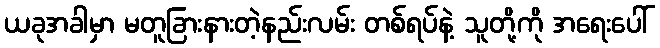
ယခုအခါမှာ မတူခြားနားတဲ့နည်းလမ်း တစ်ရပ်နဲ့ သူတို့ကို အရေးပေါ်